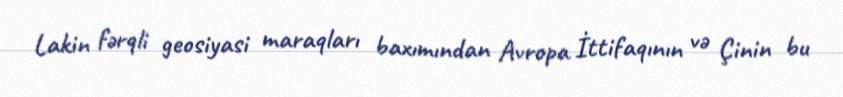
Lakin fərqli geosiyasi maraqları baxımından Avropa İttifaqının və Çinin bu